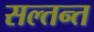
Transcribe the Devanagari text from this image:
सल्तन्त